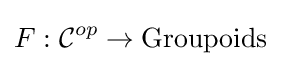
F:{\mathcal {C}}^{op}\to {\text{Groupoids}}